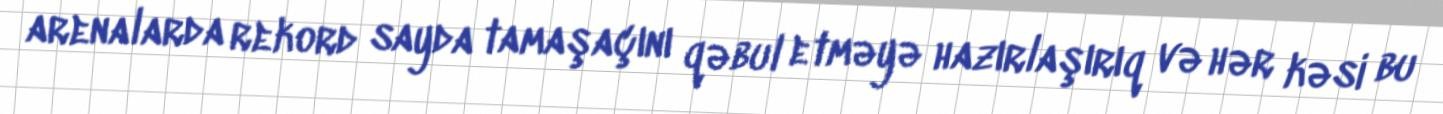
arenalarda rekord sayda tamaşaçını qəbul etməyə hazırlaşırıq və hər kəsi bu